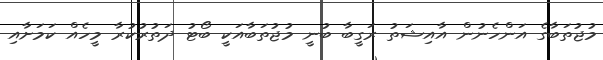
މުޖުތަބާގެ އަންހެނުން އާއިޝަތު ރަގީބާ ބުނީ މުޖުތަބާއަކީ ބޯޓު ދަތުރުކުރާ މީހެއް ކަމަށާއި